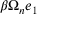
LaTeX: \beta \Omega _ { n } e _ { 1 }